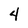
Character: 4